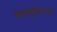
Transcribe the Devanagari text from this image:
मैसाचुसेत्ट्स